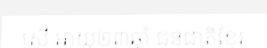
ស្រី អាយុ២៣ឆ្នាំ ជនជាតិខ្មែរ